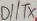
Text: D1/TX